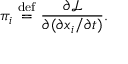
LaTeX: \pi _ { i } \ { \stackrel { \mathrm { d e f } } { = } } \ { \frac { \partial { \mathcal { L } } } { \partial ( \partial x _ { i } / \partial t ) } } .